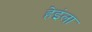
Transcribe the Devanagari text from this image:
हेइंला